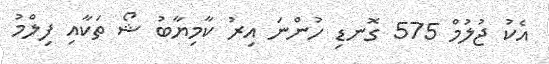
އެކު ޖުލުމް 575 ގޮނޑި ހުންނަ އިރު ކާމިޔާބު ޝޯ ތަކާއި ފިލްމު